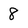
Character: 8